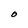
Character: O